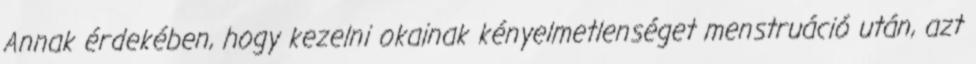
Annak érdekében, hogy kezelni okainak kényelmetlenséget menstruáció után, azt